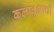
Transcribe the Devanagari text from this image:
कल्पवृक्षाची